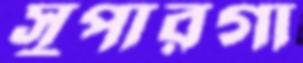
সুপারগা